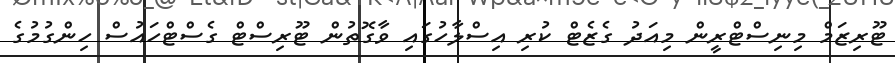
ޓޫރިޒަމް މިނިސްޓްރީން މިއަދު ގެޒެޓް ކުރި އިސްލާހުގައި ވާގޮތުން ޓޫރިސްޓް ގެސްޓްހައުސް ހިންގުމުގެ